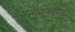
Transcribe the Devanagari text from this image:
कारारतत्वावरील